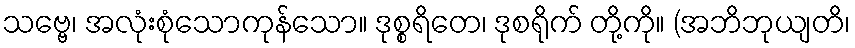
သဗ္ဗေ၊ အလုံးစုံသောကုန်သော။ ဒုစ္စရိတေ၊ ဒုစရိုက် တို့ကို။ (အဘိဘုယျတိ၊